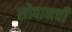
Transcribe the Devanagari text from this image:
सोपानची